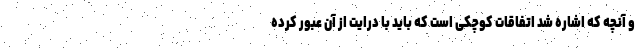
و آنچه که اشاره شد اتفاقات کوچکی است که باید با درایت از آن عبور کرده